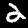
Label: 2